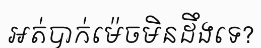
អត់បាក់ម៉េចមិនដឹងទេ?